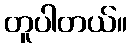
တူပါတယ်။